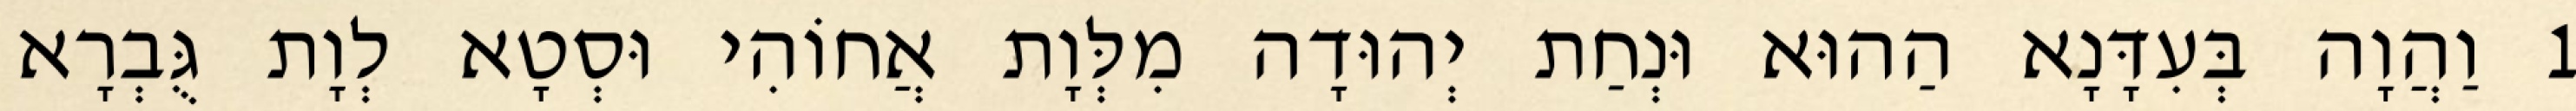
1 וַהֲוָה בְּעִדָּנָא הַהוּא וּנְחַת יְהוּדָה מִלְּוָת אֲחוֹהִי וּסְטָא לְוָת גֻּבְרָא